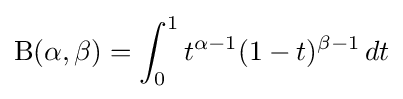
\displaystyle \mathrm {B} (\alpha ,\beta )=\int _{0}^{1}t^{\alpha -1}(1-t)^{\beta -1}\,dt